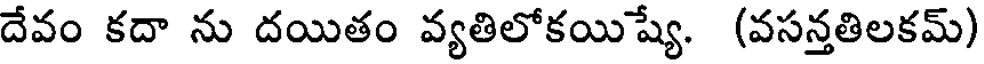
దేవం కదా ను దయితం వ్యతిలోకయిష్యే. (వసన్తతిలకమ్)